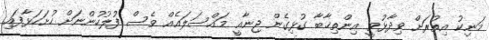
މަނިކު އިތުރަށް ވިދާޅުވީ އިިންތިޚާބާ ގުޅިގެން ޖިނާއީ މައްސަލައެއް ވެސް ފުލުހުންނަށް ހުށަހަޅާފައި